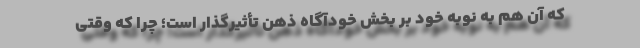
که آن هم به نوبه‌ خود بر بخش خودآگاه ذهن تأثیرگذار است؛ چرا که وقتی